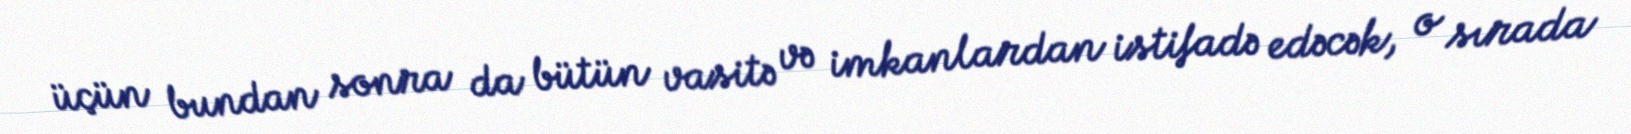
üçün bundan sonra da bütün vasitə və imkanlardan istifadə edəcək, o sırada